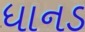
ધાનડ